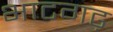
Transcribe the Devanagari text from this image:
भाटगढ़